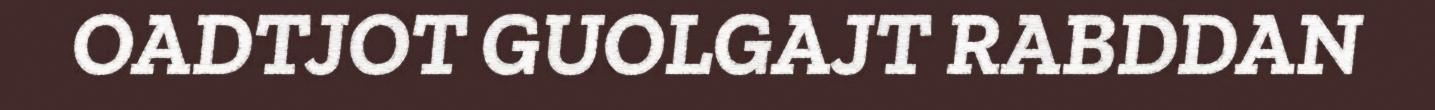
OADTJOT GUOLGAJT RABDDAN